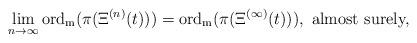
LaTeX: \begin{align*}\lim_{n\to \infty}{\rm ord_m}(\pi(\Xi^{(n)}(t))) = {\rm ord_m}(\pi(\Xi^{(\infty)}(t))), \mbox{ almost surely,}\end{align*}